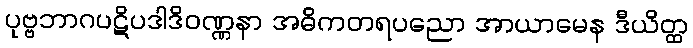
ပုဗ္ဗဘာဂပဋိပဒါဒိဝဏ္ဏနာ အဓိကတရပညော အာယာမေန ဒီယိတ္ထ